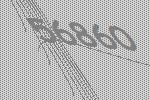
56860